Perekond_Nolcken, lk 5
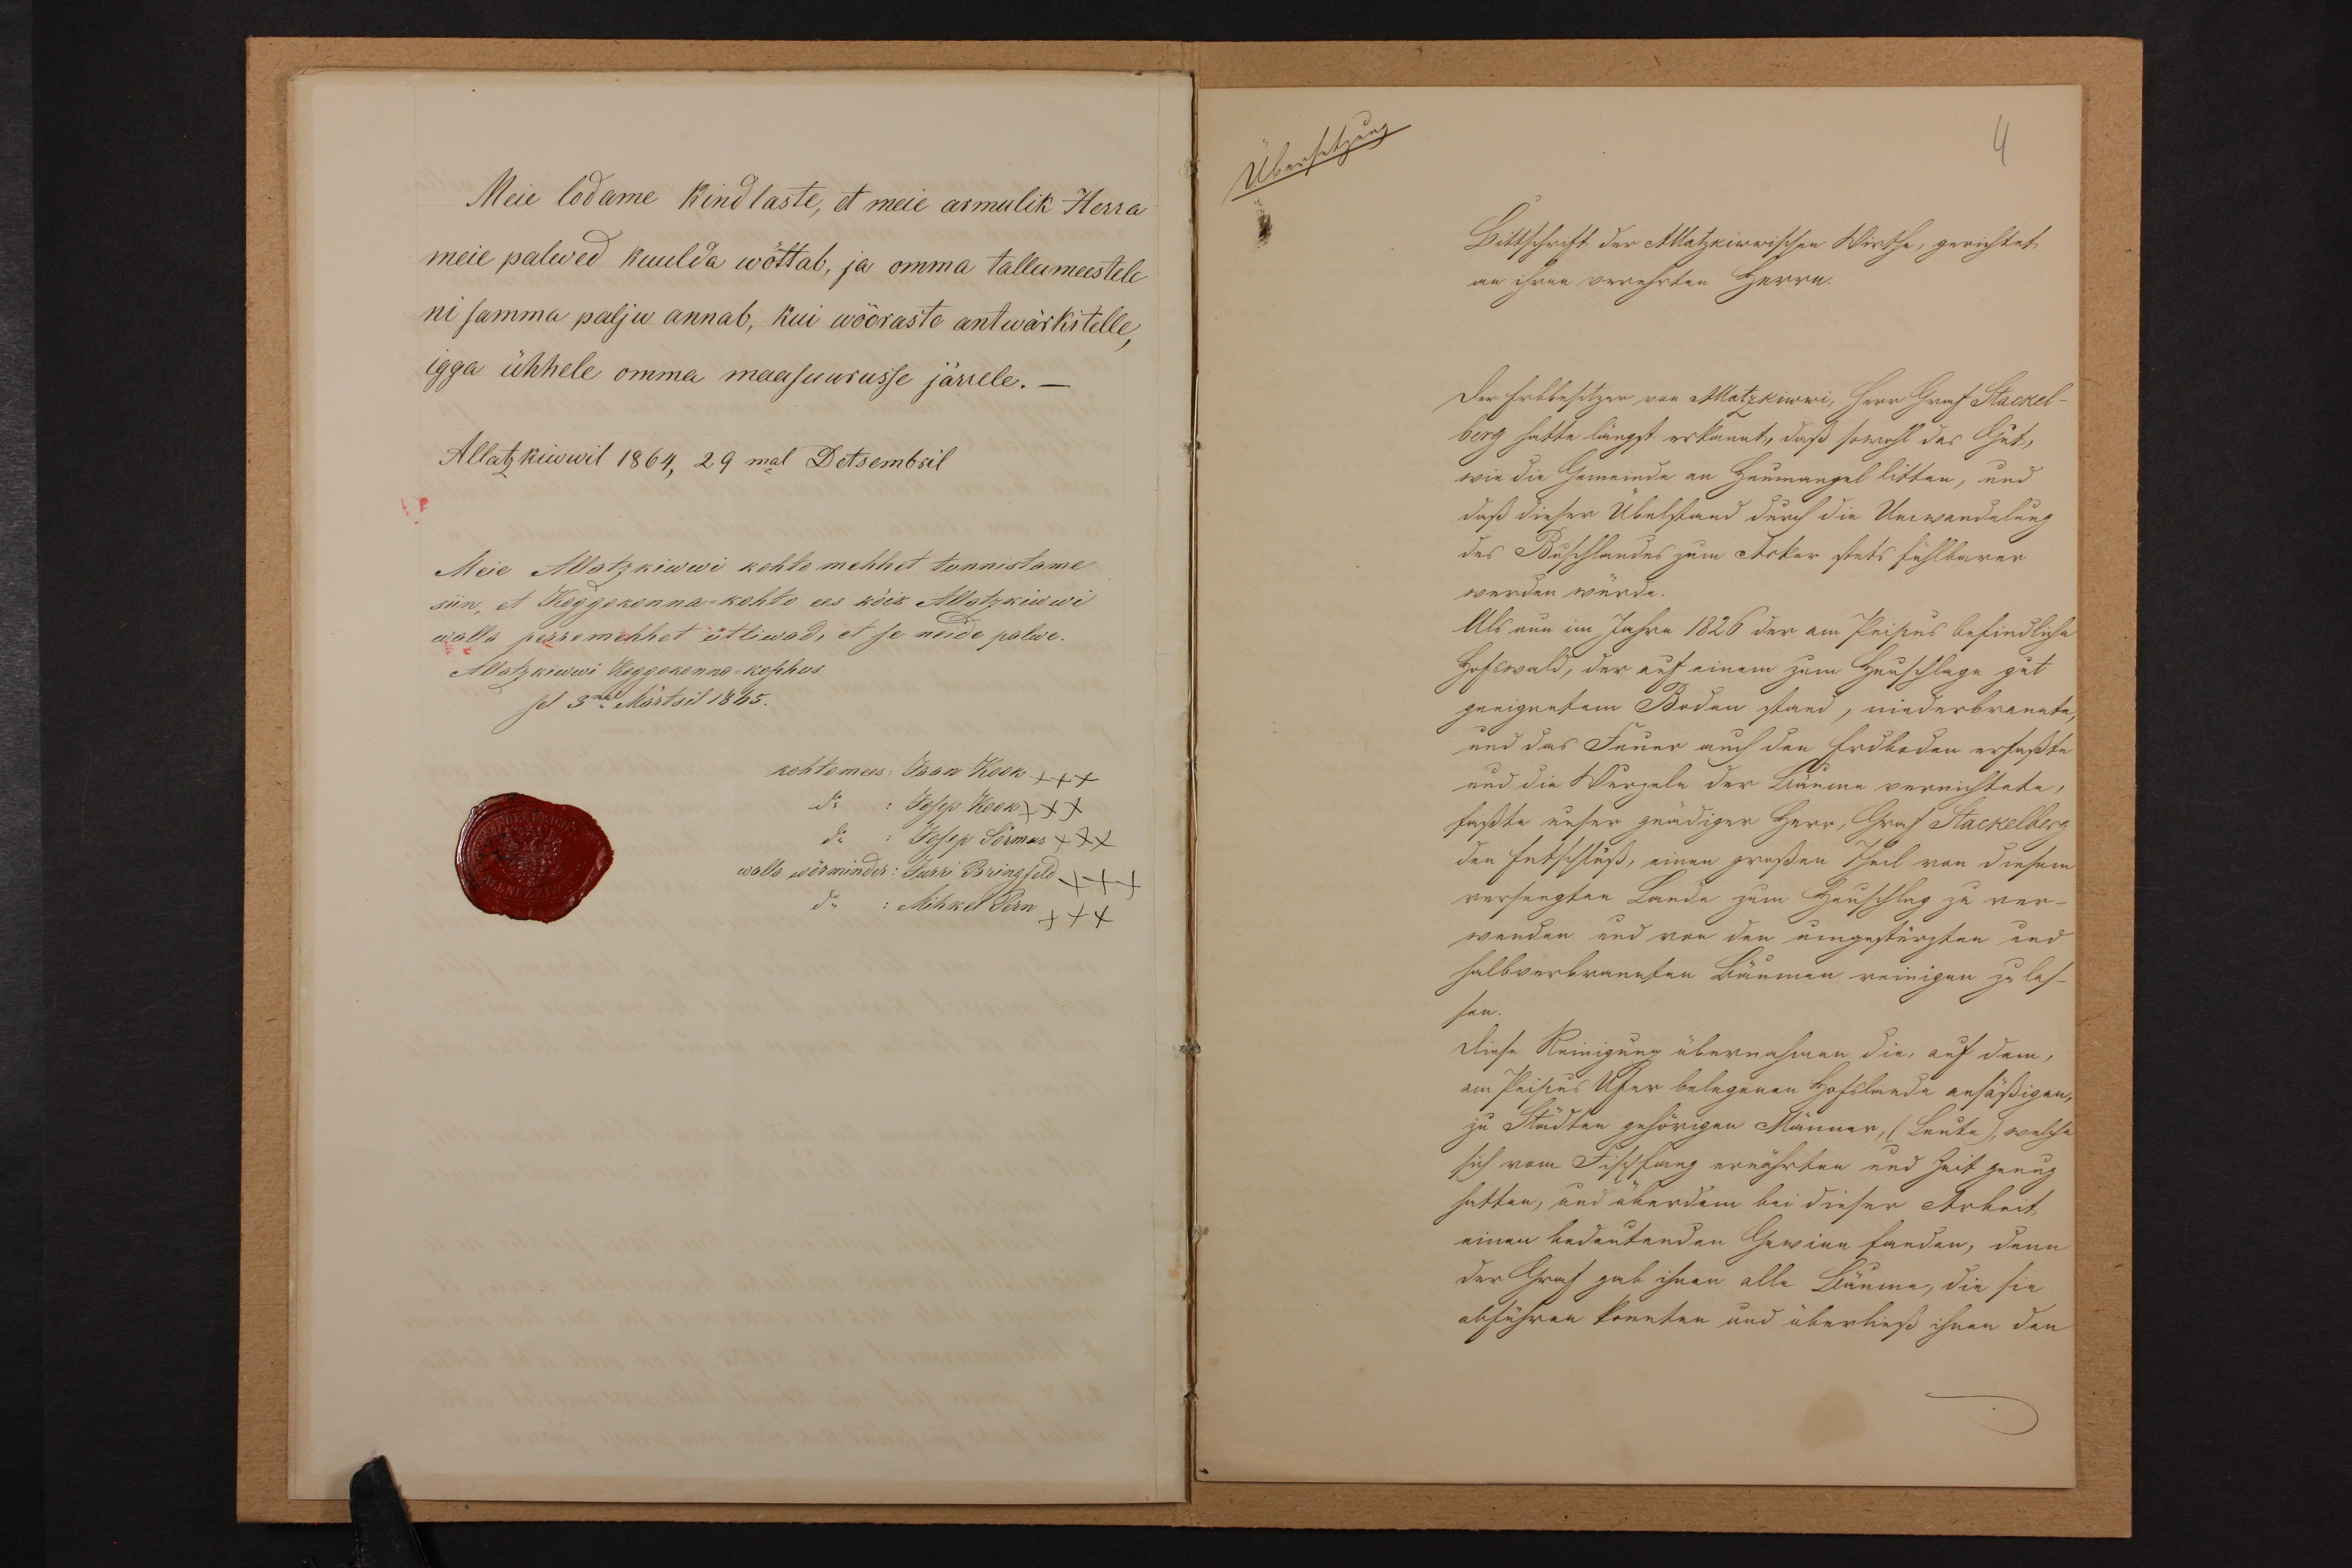
Meie lodame kindlaste, et meie armulik Herra
meie palwed kuulda wõttab, ja omma tallumeestele
ni samma palju annab, kui wõõraste antwärkitelle,
igga ühhele omma maasuurusse järrele._
Allatzkiwwil 1864, 29mal Detsembril
Meie Allatzkiwwi kohto mehhet tunnistame
siin, et Koggokonna-kohto ees kõik Allatzkiwwi
walla perremehhet ütliwad, et se neide palwe.
Allatzkiwwi Koggokonno-kohhus
sel 3mal Märtsil 1865.
kohtomees: Jaan Kook XXX
do: Josep Kook XXX
do: Josep Sõrmus XXX
wallo wörminder: Jurri Bringfeld XXX
do: Mihkel Pern XXX